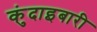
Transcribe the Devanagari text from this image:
कुंदाइबारी